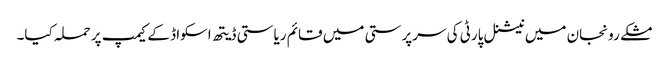
مشکے رونجان میں نیشنل پارٹی کی سرپرستی میں قائم ریاستی ڈیتھ اسکواڈ کے کیمپ پر حملہ کیا۔